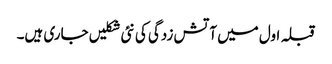
قبلہ اول میں آتش زدگی کی نئی شکلیں جاری ہیں۔